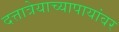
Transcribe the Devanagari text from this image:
दत्तात्रेयाच्यापायांवर